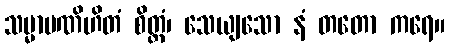
သမ္မာပဏိဟိတံ စိတ္တံ၊ သေယျသော နံ တတော ကရေ။